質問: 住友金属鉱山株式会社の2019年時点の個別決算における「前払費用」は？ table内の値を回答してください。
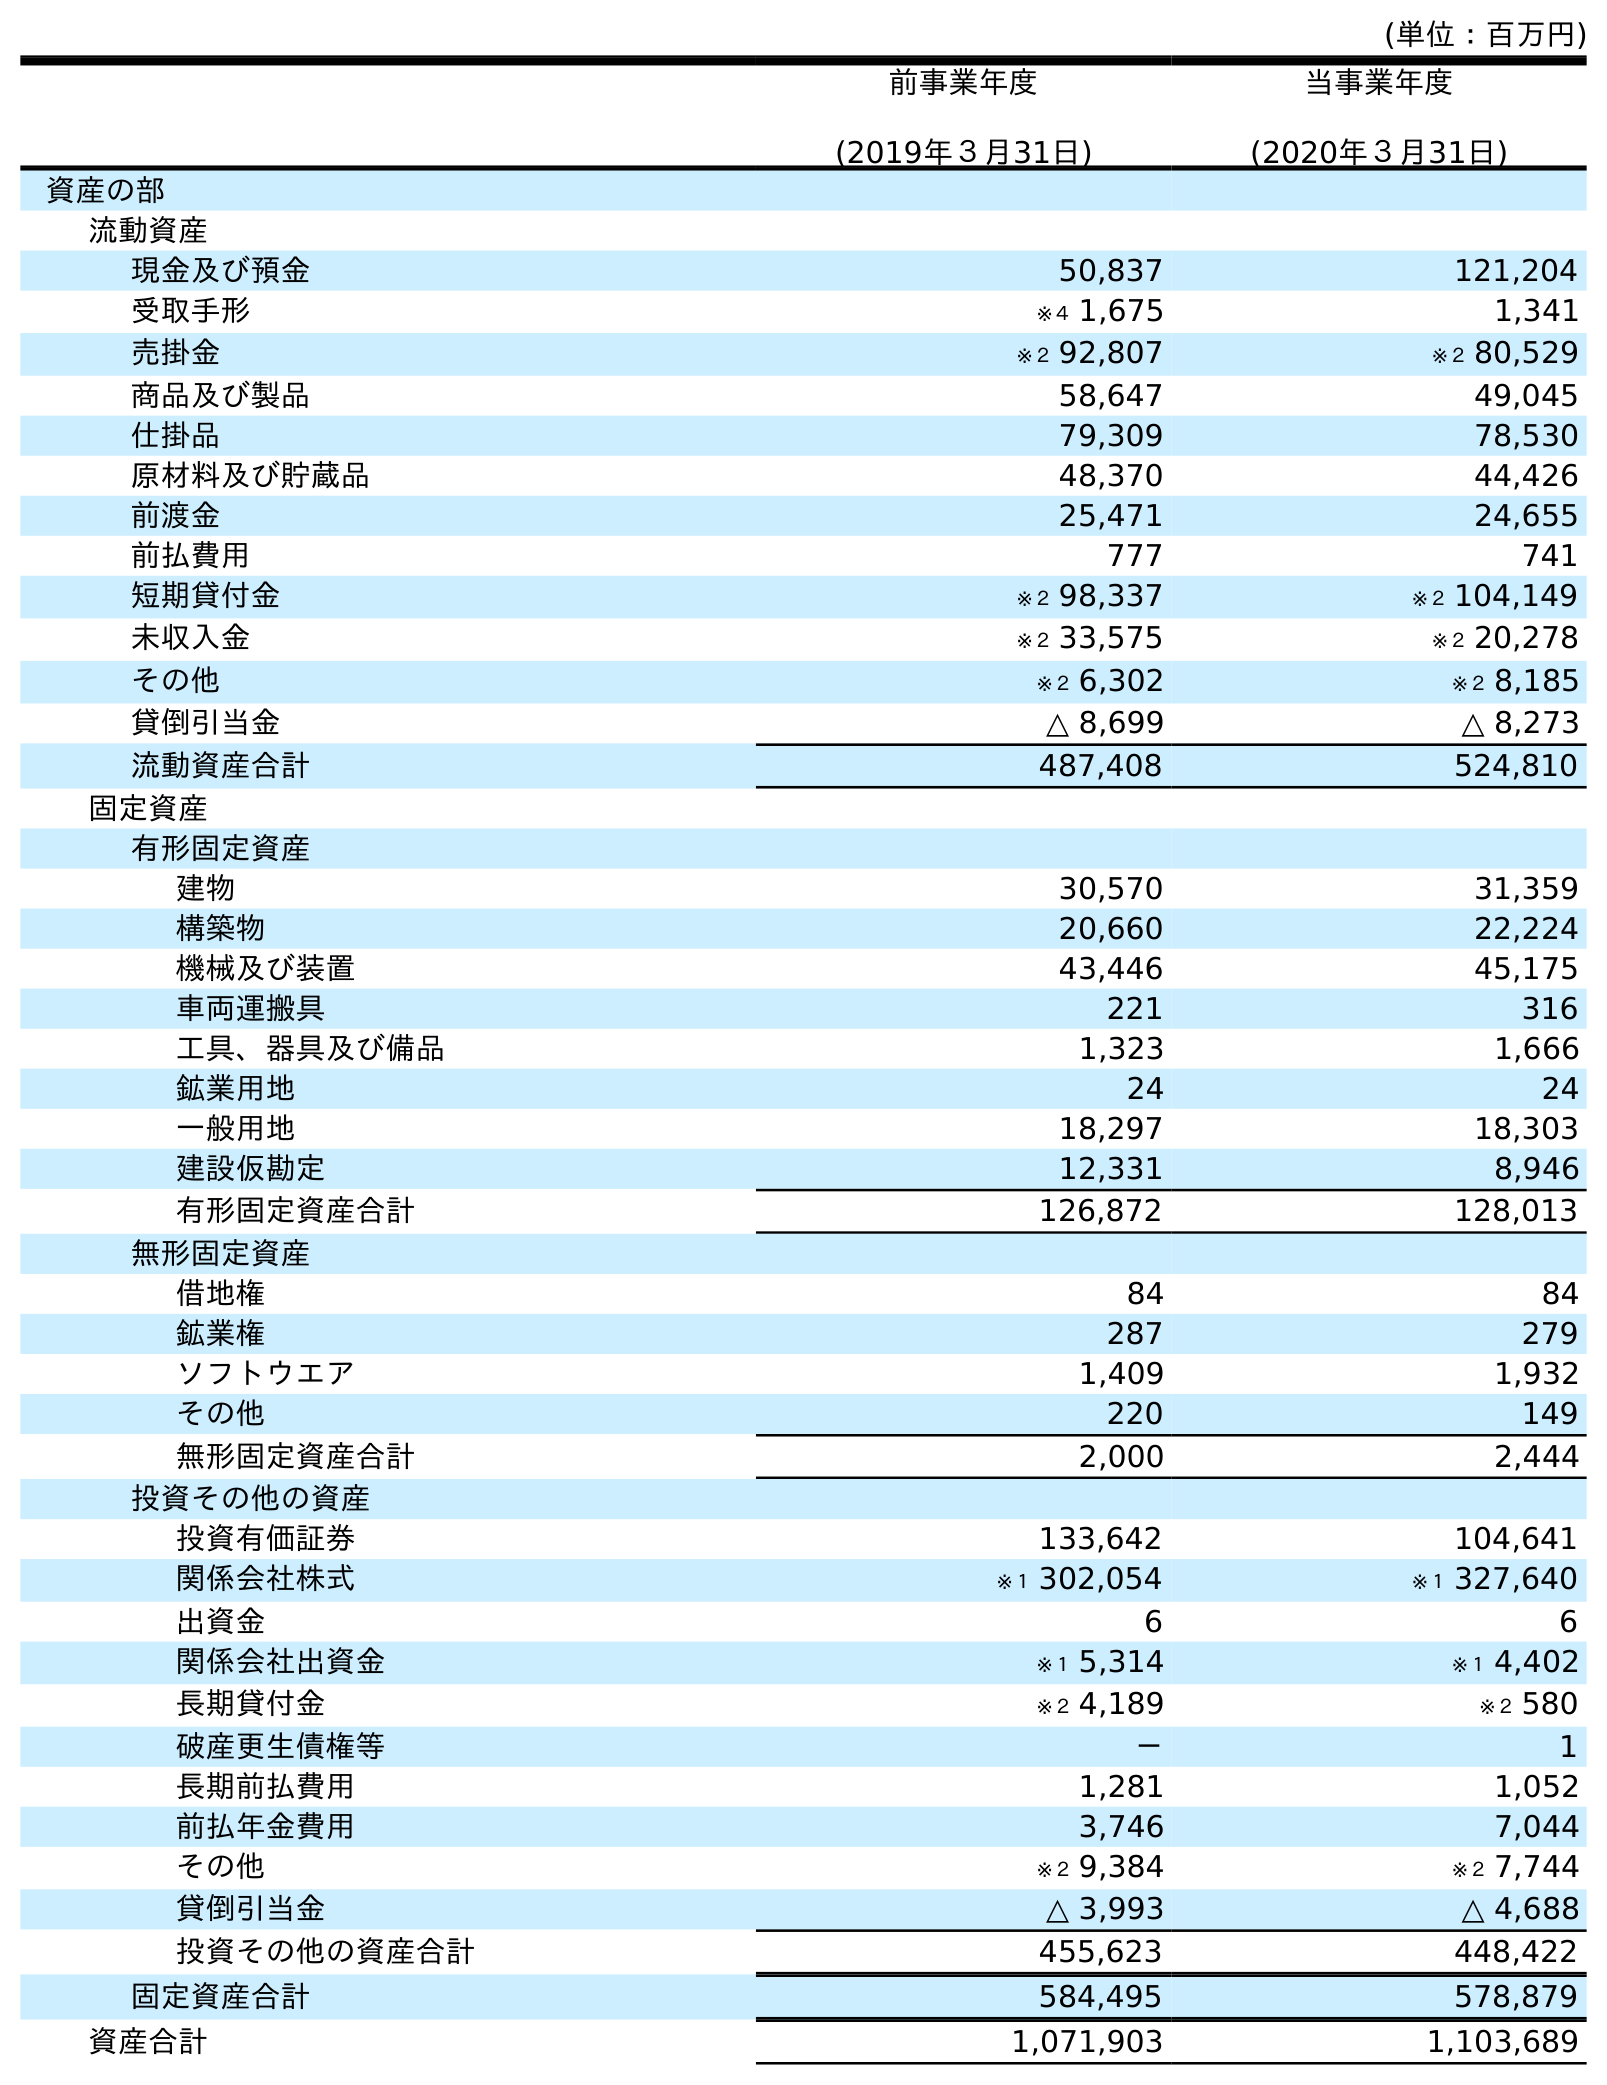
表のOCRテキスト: (単位：百万円) 前事業年度 (2019年３月31日) 当事業年度 (2020年３月31日) 資産の部 流動資産 現金及び預金 50,837 121,204 受取手形 ※４ 1,675 1,341 売掛金 ※２ 92,807 ※２ 80,529 商品及び製品 58,647 49,045 仕掛品 79,309 78,530 原材料及び貯蔵品 48,370 44,426 前渡金 25,471 24,655 前払費用 777 741 短期貸付金 ※２ 98,337 ※２ 104,149 未収入金 ※２ 33,575 ※２ 20,278 その他 ※２ 6,302 ※２ 8,185 貸倒引当金 △ 8,699 △ 8,273 流動資産合計 487,408 524,810 固定資産 有形固定資産 建物 30,570 31,359 構築物 20,660 22,224 機械及び装置 43,446 45,175 車両運搬具 221 316 工具、器具及び備品 1,323 1,666 鉱業用地 24 24 一般用地 18,297 18,303 建設仮勘定 12,331 8,946 有形固定資産合計 126,872 128,013 無形固定資産 借地権 84 84 鉱業権 287 279 ソフトウエア 1,409 1,932 その他 220 149 無形固定資産合計 2,000 2,444 投資その他の資産 投資有価証券 133,642 104,641 関係会社株式 ※１ 302,054 ※１ 327,640 出資金 6 6 関係会社出資金 ※１ 5,314 ※１ 4,402 長期貸付金 ※２ 4,189 ※２ 580 破産更生債権等 － 1 長期前払費用 1,281 1,052 前払年金費用 3,746 7,044 その他 ※２ 9,384 ※２ 7,744 貸倒引当金 △ 3,993 △ 4,688 投資その他の資産合計 455,623 448,422 固定資産合計 584,495 578,879 資産合計 1,071,903 1,103,689
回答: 777